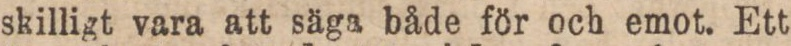
skilligt vara att säga både för och emot. Ett